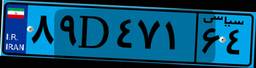
۸۹D۴۷۱۶۴